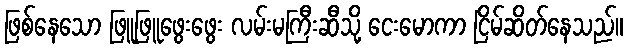
ဖြစ်နေသော ဖြူဖြူဖွေးဖွေး လမ်းမကြီးဆီသို့ ငေးမောကာ ငြိမ်ဆိတ်နေသည်။